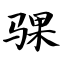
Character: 骒